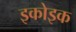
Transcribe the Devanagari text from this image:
इकोइक